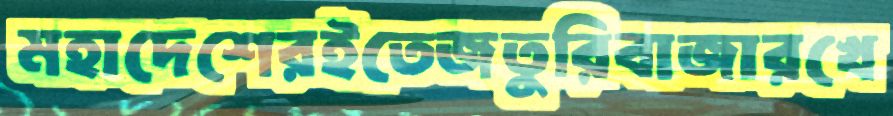
মহাদেশেরইতেজতুরিবাজারখে